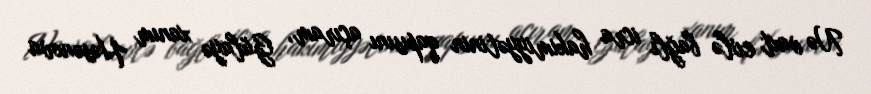
Nə vaxt evlə bağlı icra hakimiyyətinin qapısını açıram, Gülayə xanım Həsənova